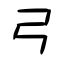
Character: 弓